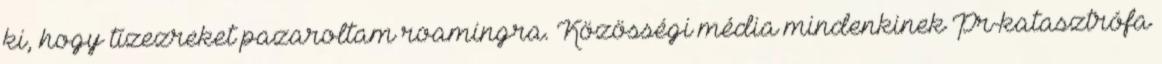
ki, hogy tízezreket pazaroltam roamingra. Közösségi média mindenkinek Pr-katasztrófa